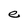
Character: e